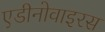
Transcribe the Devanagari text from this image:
एडीनोवाइरस